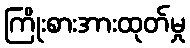
ကြိုးစားအားထုတ်မှု